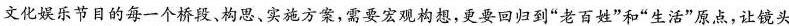
文化娱乐节目的每一个桥段、构思、实施方案，需要宏观构想，更要回归到”老百姓”和”生活”原点，让镜头